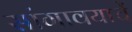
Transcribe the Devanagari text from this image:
सांगावयाचें